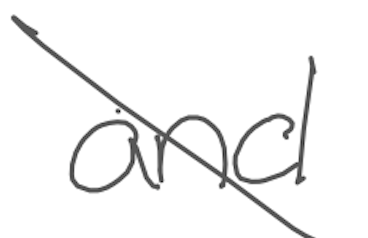
Text: and
Cross-out: diagonal
Writing tool: digital_gray